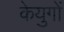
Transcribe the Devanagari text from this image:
केयुगों